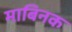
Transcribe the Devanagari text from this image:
माबिनक